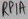
Text: RP1A